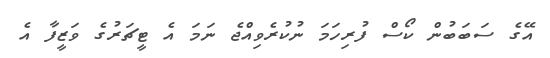
އޭގެ ސަބަބުން ކޯސް ފުރިހަމަ ނުކުރެވިއްޖެ ނަމަ އެ ޓީޗަރުގެ ވަޒީފާ އެ